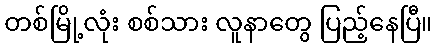
တစ်မြို့လုံး စစ်သား လူနာတွေ ပြည့်နေပြီ။